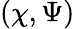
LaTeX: (\chi,\Psi)